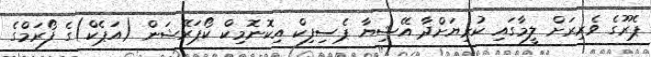
ޕެރޫގެ ވެރިރަށް ލީމާގައި ކުރިޔަށްދާ އޭޝިޔާ ޕެސިފިކް އިކޮނޮމިކް ކޯޕަރޭޝަން (އަޕެކް)ގެ ފޯރަމްގެ